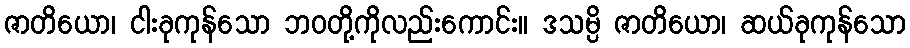
ဇာတိယော၊ ငါးခုကုန်သော ဘဝတို့ကိုလည်းကောင်း။ ဒသမ္ပိ ဇာတိယော၊ ဆယ်ခုကုန်သော